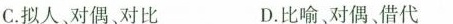
C.拟人，对偶对比 D.比喻﹑对偶借代